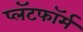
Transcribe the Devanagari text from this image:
प्लॅटफाॅर्म